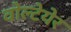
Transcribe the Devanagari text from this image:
वोल्टेयेर